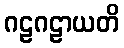
ဂဠဂဠာယတိ